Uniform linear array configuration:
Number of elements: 48
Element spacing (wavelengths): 0.25
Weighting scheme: cosine
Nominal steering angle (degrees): -45
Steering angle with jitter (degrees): -43.718
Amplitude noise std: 0.05
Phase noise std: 0.05

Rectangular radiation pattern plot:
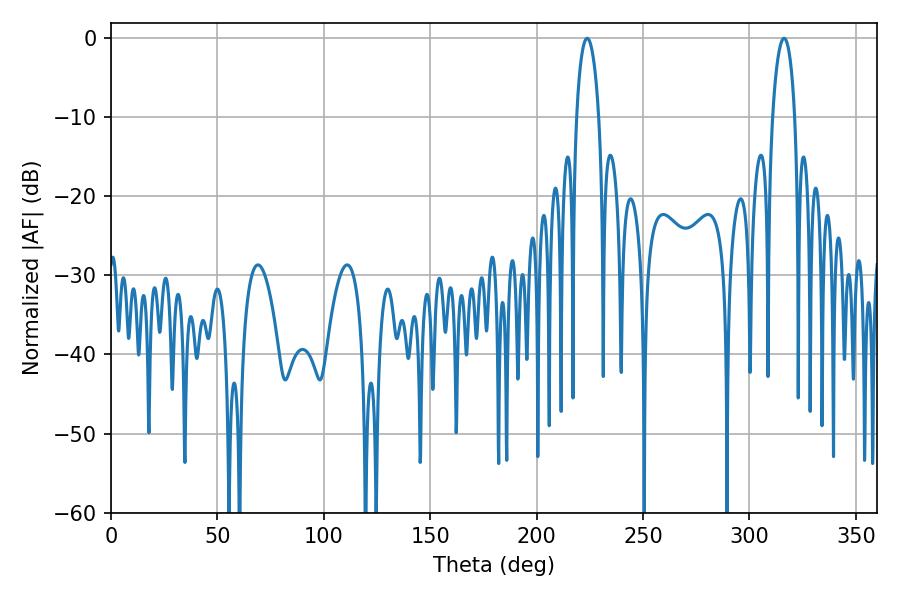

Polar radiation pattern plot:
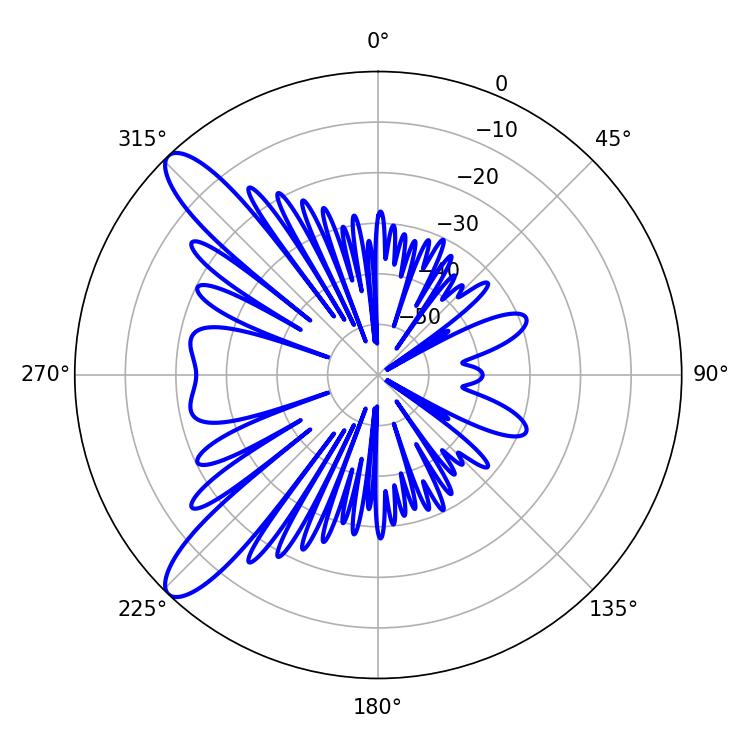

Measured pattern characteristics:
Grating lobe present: FALSE
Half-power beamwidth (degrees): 5.94
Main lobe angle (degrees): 223.74